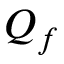
Q _ { f }